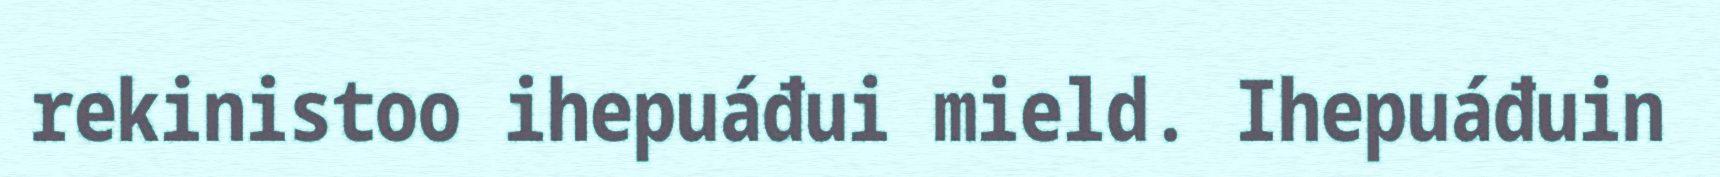
rekinistoo ihepuáđui mield. Ihepuáđuin